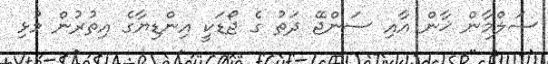
ސަލްމާން ޚާން އާއި ސަންޖޭ ދަތު ގެ ޖޯޑަކީ އިންޑިޔާގެ އިތުރުން މުޅި